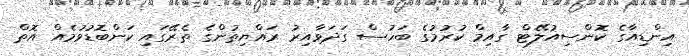
އިންޑިއާގެ ކޮންސިއުލޭޓް ގާއިމް ކުރުމުގެ ބަހުސް ގަދަވާއިރު ރައްޔިތުންގެ ތެރޭގައި ކަންބޮޑުވުމެއް އޮތް